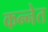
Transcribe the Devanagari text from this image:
कन्नेत